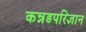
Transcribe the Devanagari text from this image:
कन्नडपरिज्ञान